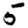
Digit: 5